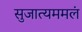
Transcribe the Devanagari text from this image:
सुजात्यममलं